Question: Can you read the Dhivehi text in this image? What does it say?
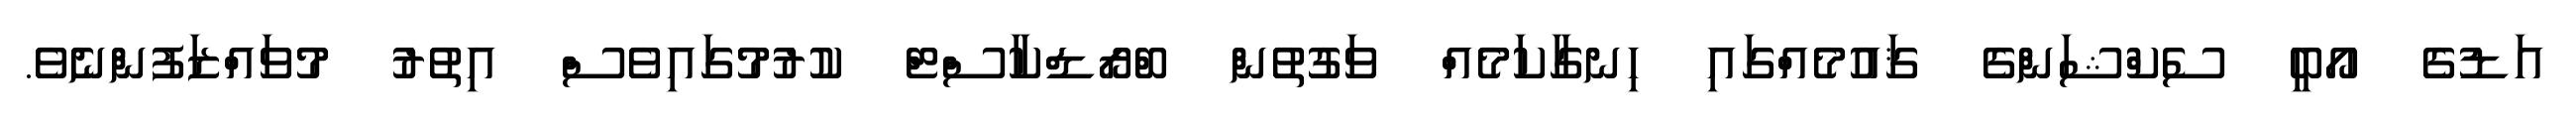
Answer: އަޑުގެ އޯބީ ސެކްޝަންގެ ޤައުމެއްގައި ހިނގާކަމެއް ވަގުތުން ބްރޯޑްކާސްޓް ކުރުމުގައިވެސް އިތުރު މުވައްޒަފުންނެވެ.